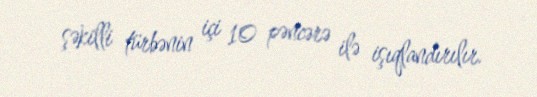
şəkilli türbənin içi 10 pəncərə ilə işıqlandırılır.